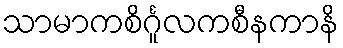
သာမာကစိင်္ဂူလကစီနကာနိ